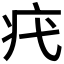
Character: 𤴵